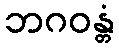
ဘဂဝန္တံ